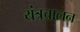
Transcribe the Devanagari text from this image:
यंत्रचालन